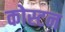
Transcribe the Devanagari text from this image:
कोस्टन